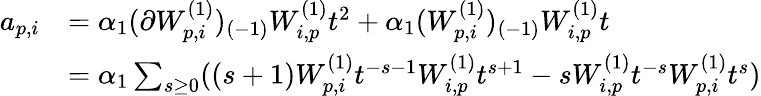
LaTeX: \begin{array}{rl}{a_{p,i}}&{=\alpha_{1}(\partial W_{p,i}^{(1)})_{(-1)}W_{i,p}^{(1)}t^{2}+\alpha_{1}(W_{p,i}^{(1)})_{(-1)}W_{i,p}^{(1)}t}\\ &{=\alpha_{1}\sum_{s\geq 0}((s+1)W_{p,i}^{(1)}t^{-s-1}W_{i,p}^{(1)}t^{s+1}-sW_{i,p}^{(1)}t^{-s}W_{p,i}^{(1)}t^{s})}\end{array}